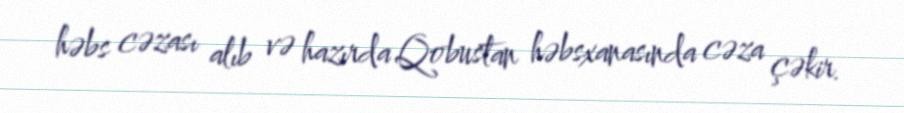
həbs cəzası alıb və hazırda Qobustan həbsxanasında cəza çəkir.